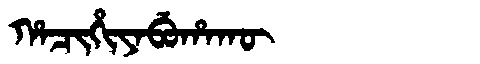
Manchu: ᡥᠠᠴᡳᡥᡳᠶᠠᠪᡠᡥᠠᡴᡡ
Romanization: HACIHIYABUHAKŪ